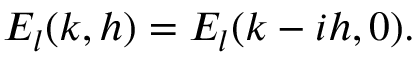
E _ { l } ( k , h ) = E _ { l } ( k - i h , 0 ) .